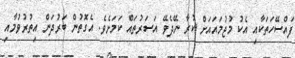
ފައްސޭހަތަކާއި އެކު މުޖުމައައަށް ކުރާ ނޭދެވޭ އަސަރުތައް ކަމަށެވެ. އެގޮތުން ބަރުދަން އިތުރުވުމާއި